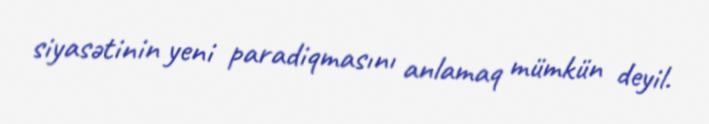
siyasətinin yeni paradiqmasını anlamaq mümkün deyil.